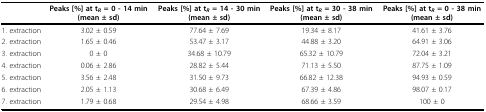
<table><thead><tr><td></td><td><b>Peaks [%] at t<sub><i>R </i></sub>= 0 - 14 min (mean ± sd)</b></td><td><b>Peaks [%] at t<sub><i>R </i></sub>= 14 - 30 min (mean ± sd)</b></td><td><b>Peaks [%] at t<sub><i>R </i></sub>= 30 - 38 min (mean ± sd)</b></td><td><b>Peaks [%] at t<sub><i>R </i></sub>= 0 - 38 min (mean ± sd)</b></td></tr></thead><tbody><tr><td>1. extraction</td><td>3.02 ± 0.59</td><td>77.64 ± 7.69</td><td>19.34 ± 8.17</td><td>41.61 ± 3.76</td></tr><tr><td>2. extraction</td><td>1.65 ± 0.46</td><td>53.47 ± 3.17</td><td>44.88 ± 3.20</td><td>64.91 ± 3.06</td></tr><tr><td>3. extraction</td><td>0 ± 0</td><td>34.68 ± 10.79</td><td>65.32 ± 10.79</td><td>72.04 ± 3.21</td></tr><tr><td>4. extraction</td><td>0.06 ± 2.86</td><td>28.82 ± 5.44</td><td>71.13 ± 5.50</td><td>87.75 ± 1.09</td></tr><tr><td>5. extraction</td><td>3.56 ± 2.48</td><td>31.50 ± 9.73</td><td>66.82 ± 12.38</td><td>94.93 ± 0.59</td></tr><tr><td>6. extraction</td><td>2.05 ± 1.13</td><td>30.68 ± 6.49</td><td>67.39 ± 4.86</td><td>98.07 ± 0.17</td></tr><tr><td>7. extraction</td><td>1.79 ± 0.68</td><td>29.54 ± 4.98</td><td>68.66 ± 3.59</td><td>100 ± 0</td></tr></tbody></table>